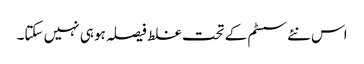
اس نئے سسٹم کے تحت غلط فیصلہ ہو ہی نہیں سکتا۔